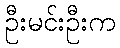
ဦးမင်းဦးက